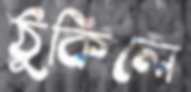
ঠুকিলে